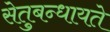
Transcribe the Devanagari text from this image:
सेतुबन्धायते